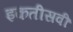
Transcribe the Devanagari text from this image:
इकतीसवीं